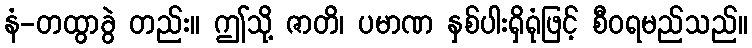
နံ-တထွာခွဲ တည်း။ ဤသို့ ဇာတိ၊ ပမာဏ နှစ်ပါးရှိရုံဖြင့် စီဝရမည်သည်။